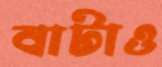
বাটাও